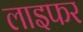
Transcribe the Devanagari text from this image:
लाइफर